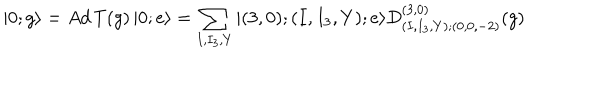
| 0 ; g \rangle = A d \, T ( g ) \, | 0 ; e \rangle = \sum _ { I , I _ { 3 } , Y } | ( 3 , 0 ) ; ( I , I _ { 3 } , Y ) ; e \rangle D _ { ( I , I _ { 3 } , Y ) ; ( 0 , 0 , - 2 ) } ^ { ( 3 , 0 ) } ( g )